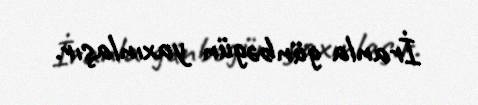
İranla günbəgün yaxınlaşır.